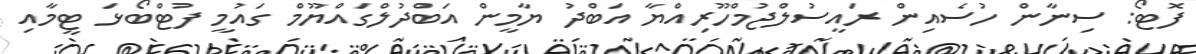
ފޮޓޯ: ސިނާން ހުސެއިން ރައީސުލްޖުމްހޫރިއްޔާ އަބްދު ޔާމީން އަބްދުލްގައްޔޫމް ގައުމީ ފުޓްބޯޅަ ޓީމާއި